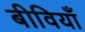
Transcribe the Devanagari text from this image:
बीवियाँ